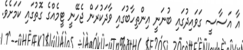
އާ އަސާސީ ގަވައިދުގައި ބުނަނީ އިންތިހާބުގައި ވާދަކުރަން ޖެހޭނީ ޓީމެއްގެ ގޮތުގައި ކަމަށެވެ.